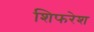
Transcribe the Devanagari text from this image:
शिफरेश